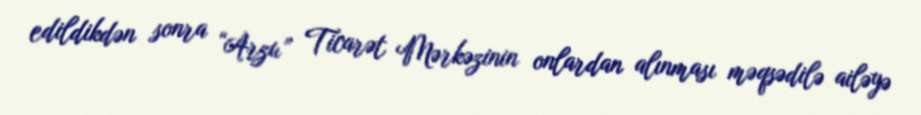
edildikdən sonra “Arzu” Ticarət Mərkəzinin onlardan alınması məqsədilə ailəyə